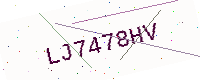
Text: LJ7478HV